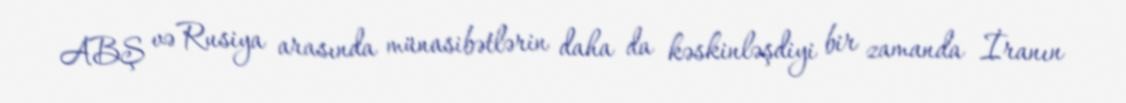
ABŞ və Rusiya arasında münasibətlərin daha da kəskinləşdiyi bir zamanda İranın